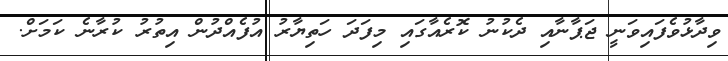
ވިދާޅުވެފައިވަނީ ޖަޕާނާއި ދެކުނު ކޮރެއާގައި މިފަދަ ހަތިޔާރު އުފެއްދުން އިތުރު ކުރާނެ ކަމަށް.